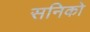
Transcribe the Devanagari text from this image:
सनिको